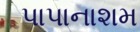
પાપાનાશમ